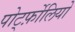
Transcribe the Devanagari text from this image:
पोर्ट्फ़ोलियो